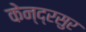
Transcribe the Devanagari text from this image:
केन्द्रसुर